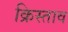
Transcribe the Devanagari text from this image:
क्रिस्ताव